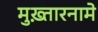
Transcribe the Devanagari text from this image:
मुख़्तारनामे